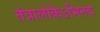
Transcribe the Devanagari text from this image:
तंत्रालोकेऽभिनव